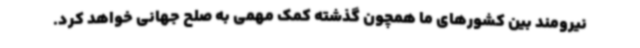
نیرومند بین کشورهای ما همچون گذشته کمک مهمی به صلح جهانی خواهد کرد.